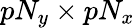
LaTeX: pN_{y}\times pN_{x}